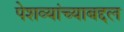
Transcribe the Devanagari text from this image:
पेशव्यांच्याबद्दल